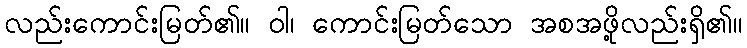
လည်းကောင်းမြတ်၏။ ဝါ၊ ကောင်းမြတ်သော အစအဖို့လည်းရှိ၏။